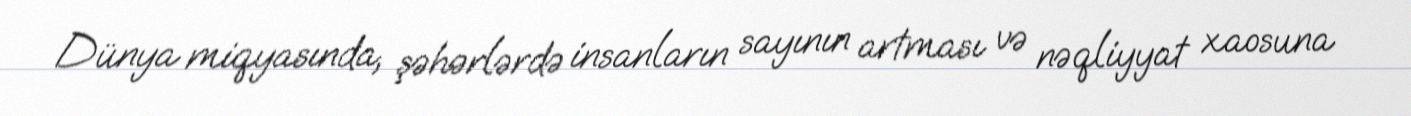
Dünya miqyasında, şəhərlərdə insanların sayının artması və nəqliyyat xaosuna